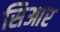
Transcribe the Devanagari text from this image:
सिआर